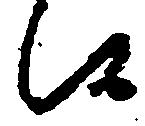
候